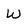
Character: W